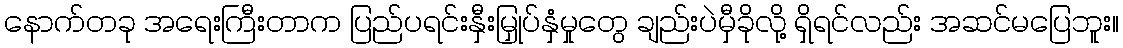
နောက်တခု အရေးကြီးတာက ပြည်ပရင်းနှီးမြှုပ်နှံမှုတွေ ချည်းပဲမှီခိုလို့ ရှိရင်လည်း အဆင်မပြေဘူး။